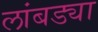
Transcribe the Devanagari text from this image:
लांबड्या